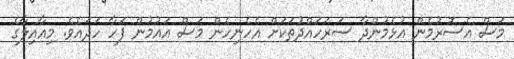
މަސް އެސޮރުމެން އުޅެމުންދާ ސަރަހައްދުތަކަށް އެހެނިހެން މަސް އައުމުން ފަހާ ހަދައެވެ. މިއާއިލާގެ